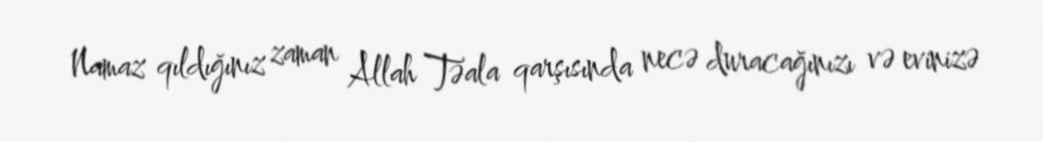
Namaz qıldığınız zaman Allah Təala qarşısında necə duracağınızı və evinizə